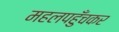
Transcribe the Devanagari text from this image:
महलपहुँचकर